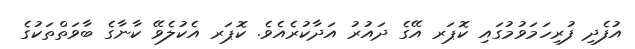
އުފެދި ފުރިހަމަވުމުގައި ކޮޕަރ އޭގެ ދައުރު އަދާކުރެއެވެ. ކޮޕަރ އެކުލެވޭ ކާނާގެ ބާވަތްތަކުގެ